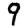
Digit: 9